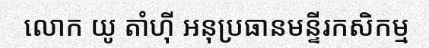
លោក យូ តាំហ៊ី អនុប្រធានមន្ទីរកសិកម្ម